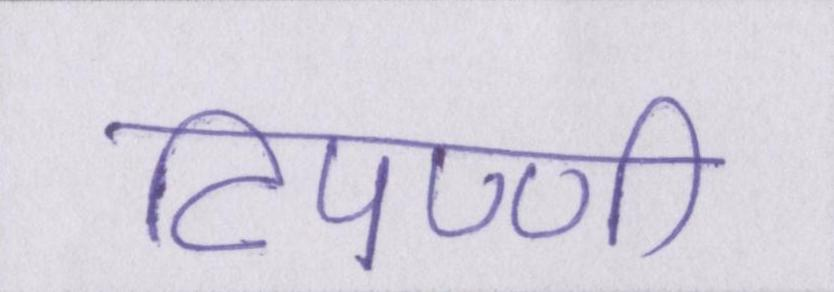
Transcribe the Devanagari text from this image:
टिपण्णी